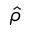
\hat { \rho }